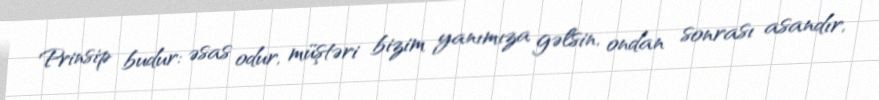
Prinsip budur: əsas odur, müştəri bizim yanımıza gəlsin, ondan sonrası asandır,